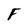
Character: F